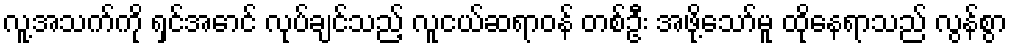
လူ့အသက်ကို ရှင်အောင် လုပ်ချင်သည့် လူငယ်ဆရာဝန် တစ်ဦး အဖို့သော်မူ ထိုနေရာသည် လွန်စွာ